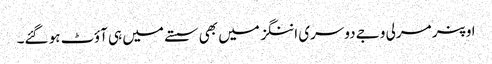
اوپنر مرلی وجے دوسری اننگز میں بھی سستے میں ہی آؤٹ ہو گئے۔